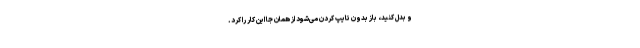
و بدل کنید، باز بدون تایپ کردن می‌شود از همان جا این کار را کرد.